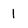
Character: 1